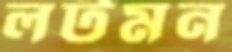
লটমন